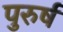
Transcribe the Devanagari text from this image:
पुरुर्ष